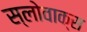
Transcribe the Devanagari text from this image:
स्लोवाक्स